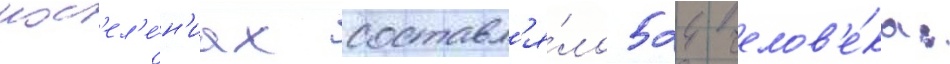
пос'ел'е́н'иах составл'я́ло 524 челов'е́ка: